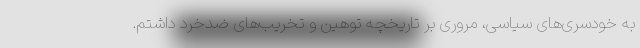
به خودسری‌های سیاسی، مروری بر تاریخچه توهین و تخریب‌های ضدخرد داشتم.